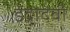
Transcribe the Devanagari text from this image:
इंद्रादेवी